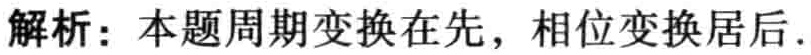
解析：本题周期变换在先，相位变换居后.